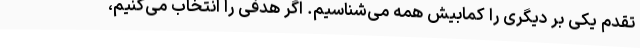
تقدم یکی بر دیگری را کمابیش همه می‌شناسیم. اگر هدفی را انتخاب می‌کنیم،